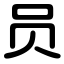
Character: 员